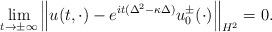
LaTeX: \begin{align*} \lim_{t\to\pm\infty}\left\|u(t,\cdot)-e^{it(\Delta^2-\kappa\Delta)}u_{0}^\pm(\cdot)\right\|_{H^2}=0. \end{align*}